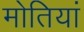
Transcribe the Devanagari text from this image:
मोतियां